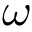
\omega